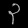
Digit: ၃